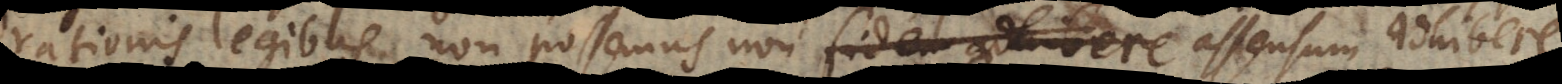
rationis legibus non possemus non fidem adhibere assensum adhibere.